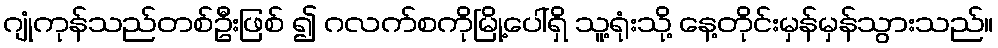
ဂျုံကုန်သည်တစ်ဦးဖြစ် ၍ ဂလက်စကိုမြို့ပေါ်ရှိ သူ့ရုံးသို့ နေ့တိုင်းမှန်မှန်သွားသည်။